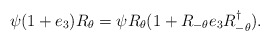
\begin{align*}\psi (1+e_{3})R_{\theta }=\psi R_{\theta }(1+R_{-\theta }e_{3}R_{-\theta}^{\dagger }).\end{align*}